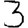
Digit: 3